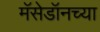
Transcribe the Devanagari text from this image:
मॅसेडॉनच्या